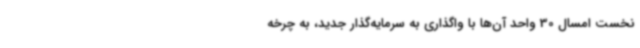
نخست امسال 30 واحد آن‌ها با واگذاری به سرمایه‌گذار جدید، به چرخه